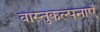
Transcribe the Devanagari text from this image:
वास्तुकल्पनाएँ